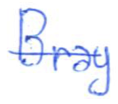
Text: Bray
Cross-out: single-line
Writing tool: ballpoint